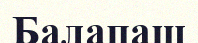
Балапаш